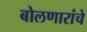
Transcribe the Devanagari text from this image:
बोलणारांचे